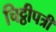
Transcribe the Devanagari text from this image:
चिट्ठीपत्री